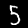
Digit: 5